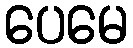
ပေမေ